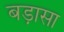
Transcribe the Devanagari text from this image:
बड़ासा